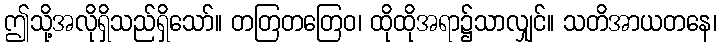
ဤသို့အလိုရှိသည်ရှိသော်။ တတြတတြေဝ၊ ထိုထိုအရာ၌သာလျှင်။ သတိအာယတနေ၊